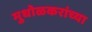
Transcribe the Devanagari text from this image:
मुधोळकरांच्या